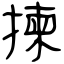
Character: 揀